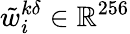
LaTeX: \tilde{w}_{i}^{k\delta}\in\mathbb{R}^{256}